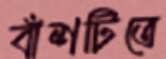
বাঁশটিতে